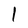
Character: l